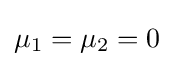
\mu _{1}=\mu _{2}=0